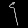
Digit: ၄